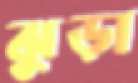
ঝুড়া